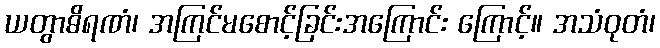
ယတွာဓိရဏံ၊ အကြင်မစောင့်ခြင်းအကြောင်း ကြောင့်။ အသံဝုတံ၊